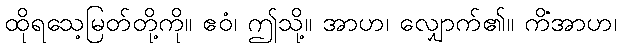
ထိုရသေ့မြတ်တို့ကို။ ဧဝံ၊ ဤသို့။ အာဟ၊ လျှောက်၏။ ကိံအာဟ၊